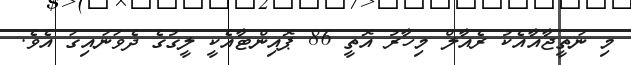
މި ނަތީޖާއާއެކު ރެއާލް މިހާރު އޮތީ 86 ޕޮއިންޓާއެކީ ލީގުގެ ދެވަނައިގަ އެވެ.